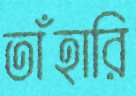
তাঁহারি